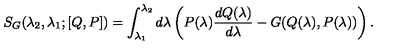
S _ { G } ( \lambda _ { 2 } , \lambda _ { 1 } ; [ Q , P ] ) = \int _ { \lambda _ { 1 } } ^ { \lambda _ { 2 } } d \lambda \left( P ( \lambda ) { \frac { d Q ( \lambda ) } { d \lambda } } - G ( Q ( \lambda ) , P ( \lambda ) ) \right) .